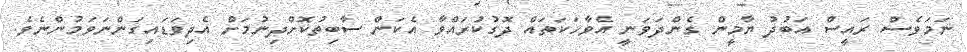
ނަމަވެސް ރައީސް އަބުދު ޔާމީން ގެންދަވަނީ އެވާހަކަތައް ދޮގުކުރައްވާ އެކަން ސާބިތުކޮށްދިނުމަށް އެދިވަޑައިގަަންނަވަމުންނެވެ.